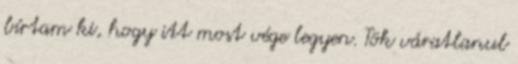
bírtam ki, hogy itt most vége legyen. Tök váratlanul